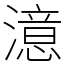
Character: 澺